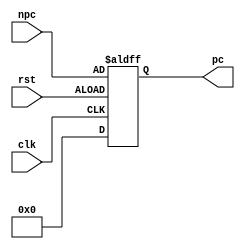
module PC (
    input wire [31:0] npc,
    input wire rst,
    input wire clk,
    output wire [31:0] pc
);
    reg [31:0] curr_adr;
    
    always @(posedge clk or negedge rst) begin
        if (rst == 1) begin
        `ifdef RUN_TRACE
            curr_adr <= -8;
	`else
            curr_adr <= 0;
	`endif
        end else
            curr_adr <= npc;
    end

    assign pc = curr_adr;
endmodule